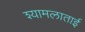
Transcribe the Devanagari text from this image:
श्यामलाताई